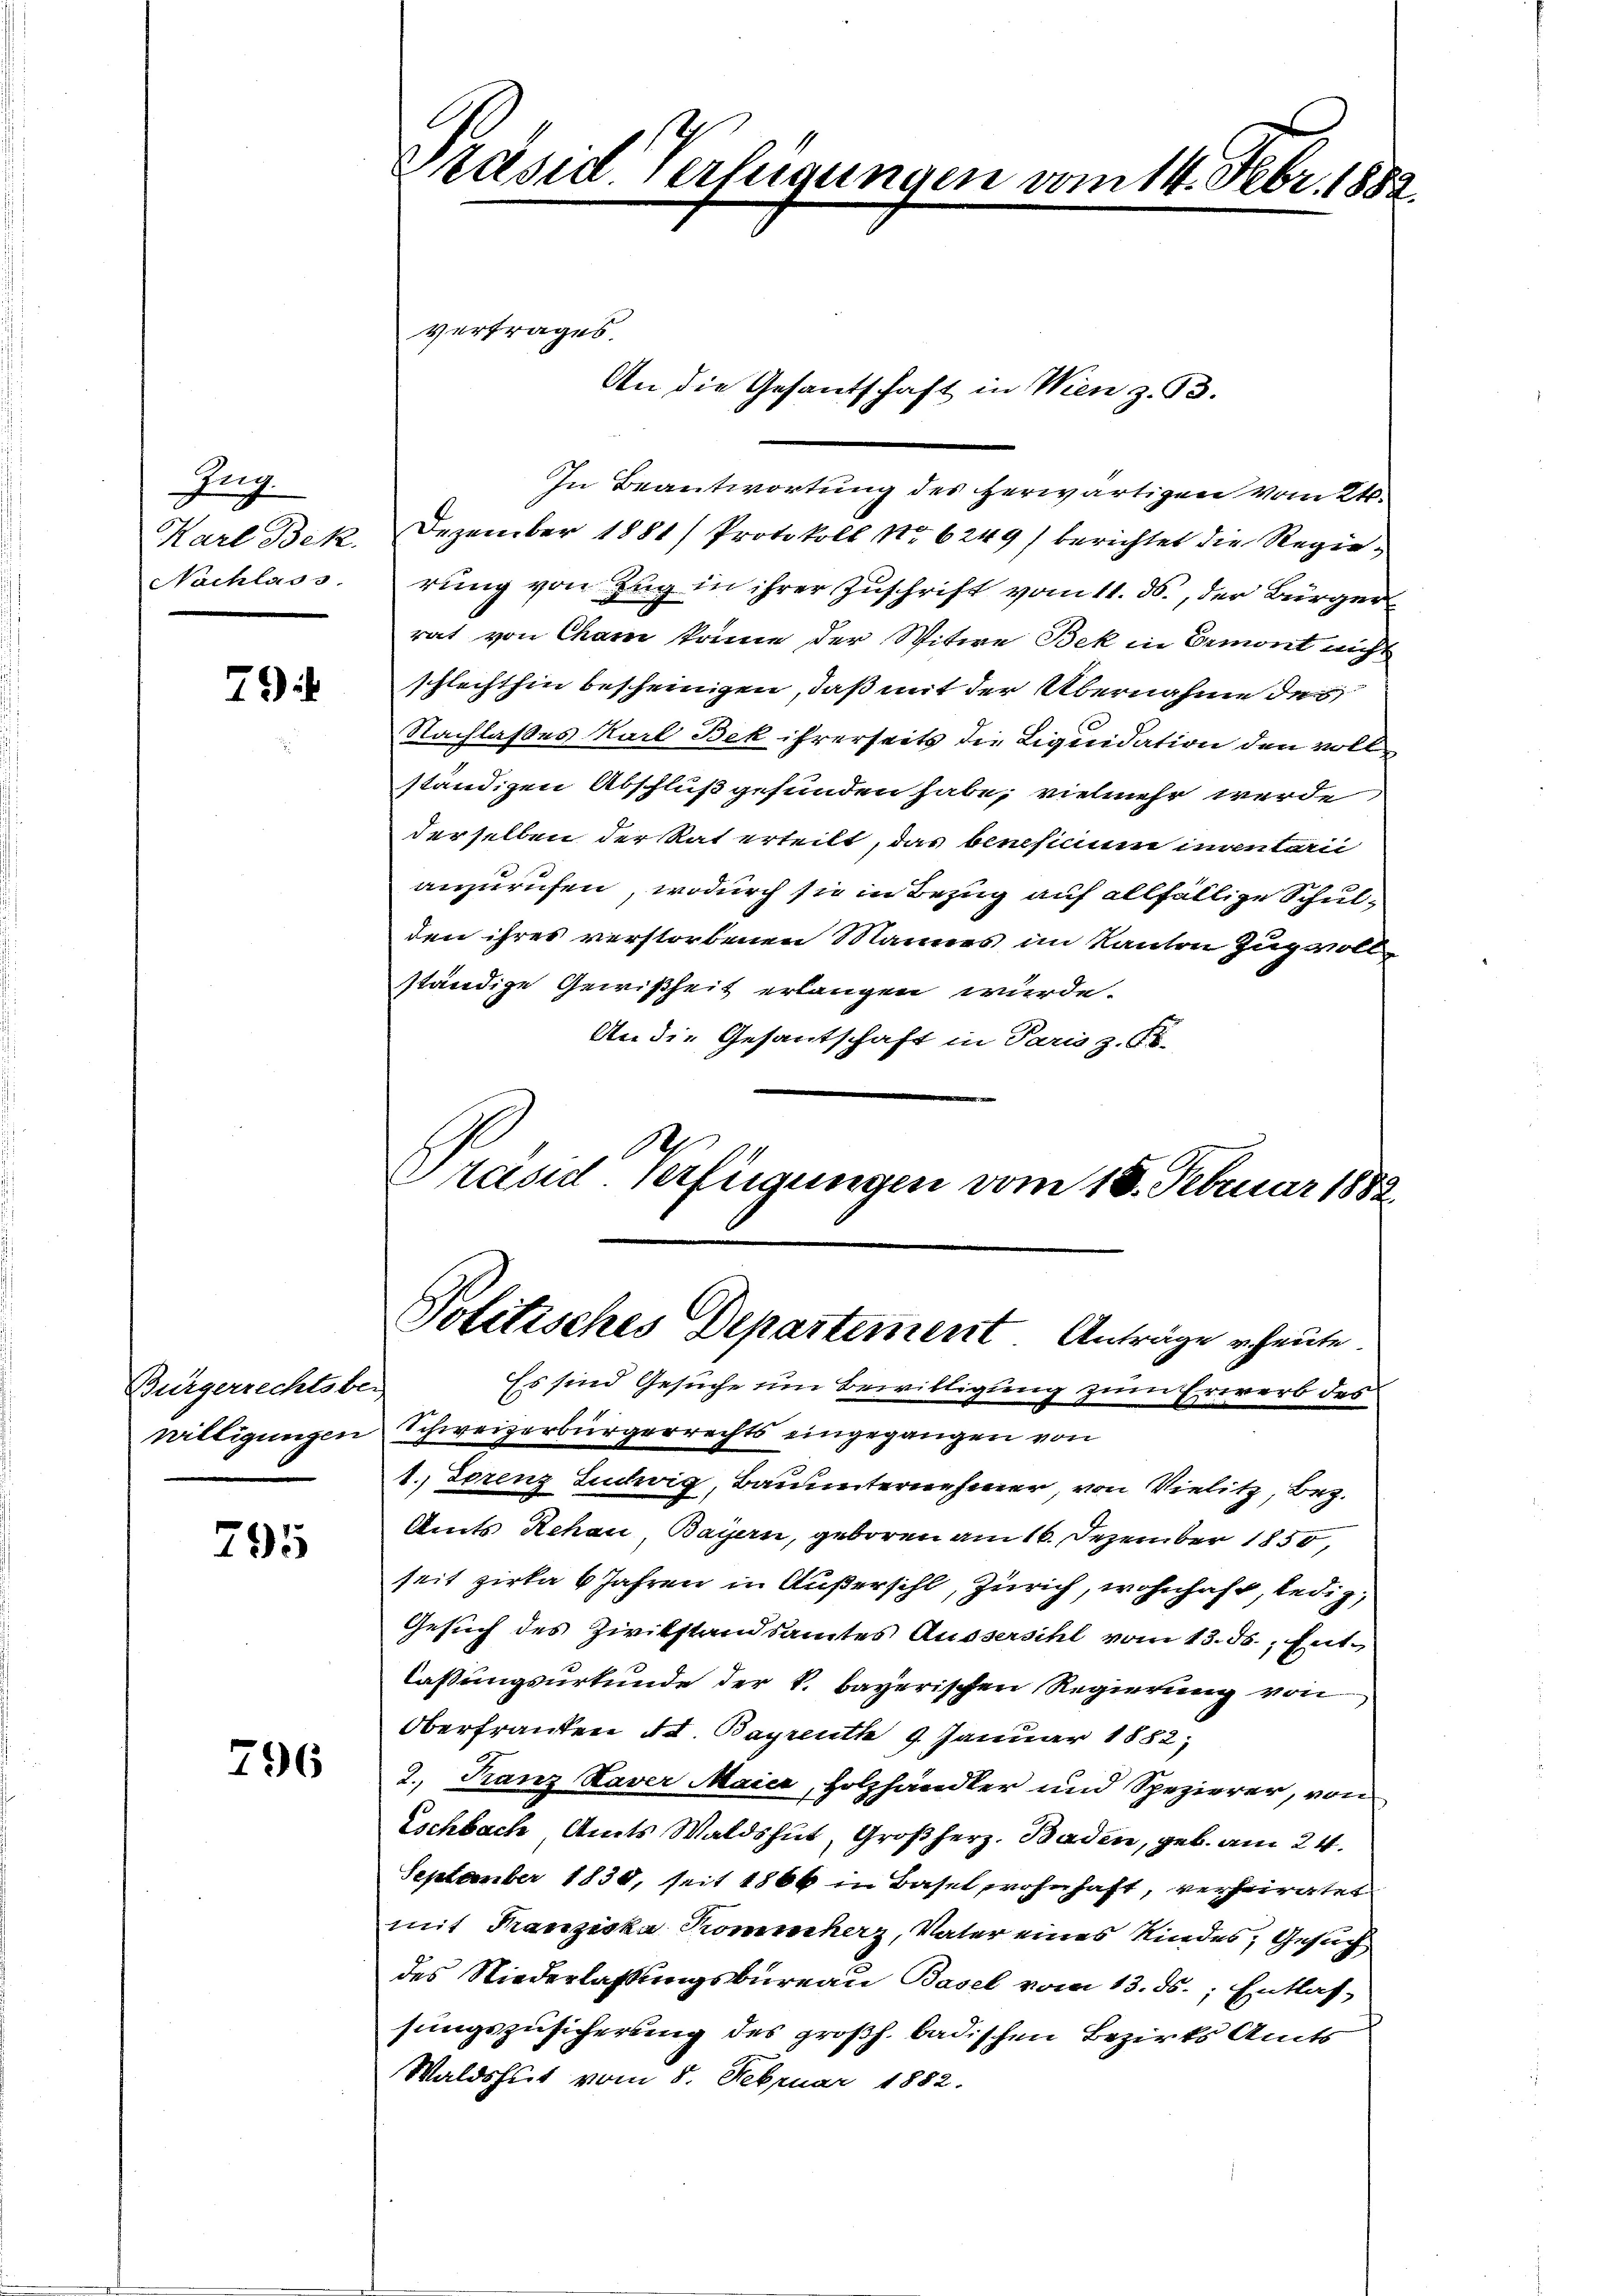
fung
Karl Bek.
Nachlass

7

Bürgerrechtsber

295

796

Präsid Verfügungen vom 14. Febr. 1882.

An die Gesantschaft in Wien z. 93.
In Beantwortung des herwärtigen vom 21.
Dezember 1881/ Protokoll No 6249) berichtet die Regierung von Zug in ihrer Zuschrift vom 11. ds., der Bürger
rat von Cham könne der Witwe Bek in Ermont nicht
schlechthin bescheinigen, daß mit der Übernahme des
Nachlaßes Karl Bek ihrerseits die Liquidation den vollständigen Abschluß gefunden habe, vielmehr werde
derselben der Rat erteilt, das beneficium inventarii
anzurufen, wodurch sie in Bezug auf allfällige Schulden ihres verstorbenen Mannes im Kanton Zugvoll
ständige Gewißheit erlangen wurde.
An die Gesantschaft in Paris z. Fö-
A
Präsid. Verfügungen vom 18. Februar 1882

vertrages.

Politisches Departement Anträge heute.
Es sind Gesuche um Bewilligung zum Erwerb des

willigungen Schweizerbürgerrechts eingegangen von
1. Lorenz Ludwig, Bauunternehmer, von Vielitz, Bez.
Amts Rehau, Bayern, geboren am 16. Dezember 1850,
seit zirka 6 Jahren in Außersihl, Zürich, wohnhaft, ledig,
Gesuch des Zivilstandsamtes Aussersihl vom 13. ds. Entlassungsurkunde der k. bayerischen Regierung von
Oberfranken d. Bayreuth 9. Januar 1882,
2. Franz Kaver Maier, Holzhändler und Spezierer, von
Eschbach, Amts Waldshut, Großherz. Baden, geb. am 24.
September 1830, seit 1866 in Basel wohnhaft, verheiratet
mit Franziska Kommherz, Vater eines Kindes, Gesuch
des Niederlaßungsbureau Basel vom 13. ds.; Entlas-
sungszusicherung des großh. badischen Bezirks Amts
Waldshut vom 8. Februar 1882.